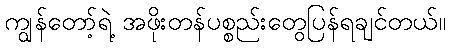
ကျွန်တော့်ရဲ့ အဖိုးတန်ပစ္စည်းတွေပြန်ရချင်တယ်။